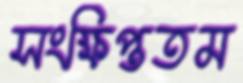
সংক্ষিপ্ততম